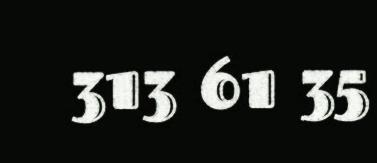
313 61 35